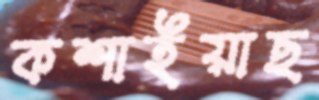
কশাইয়াছ